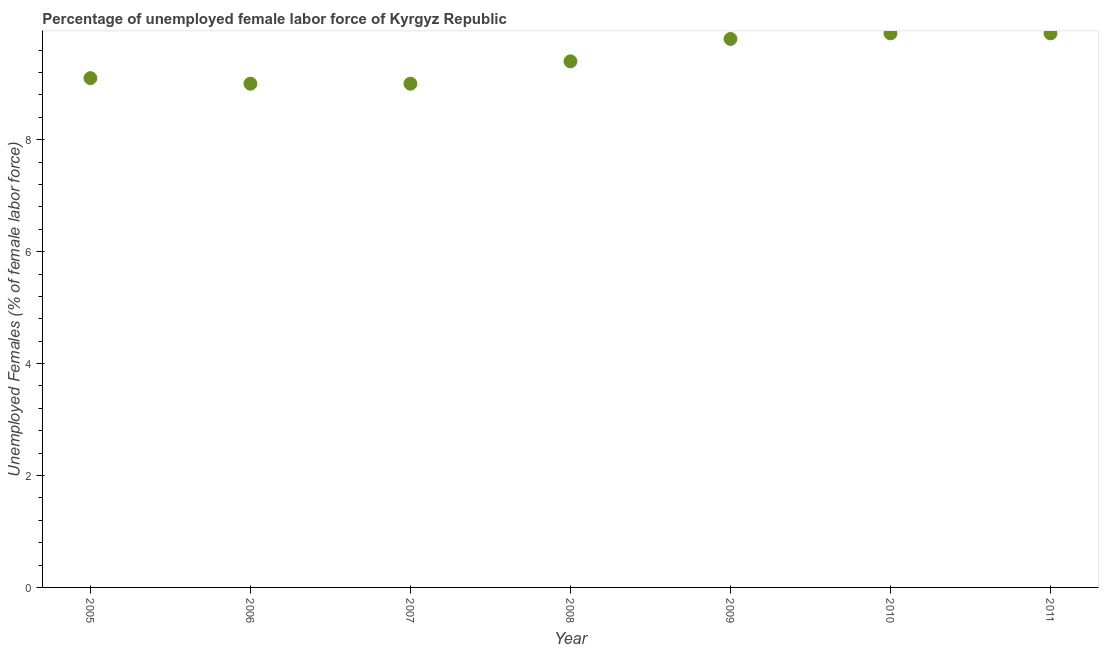
| Year | Unemployment female |
 | --- | --- |
 | 2005 | 9.1 |
 | 2006 | 9 |
 | 2007 | 9 |
 | 2008 | 9.4 |
 | 2009 | 9.8 |
 | 2010 | 9.9 |
 | 2011 | 9.9 |